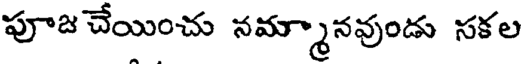
పూజ చేయించు నమ్మానవుండు సకల